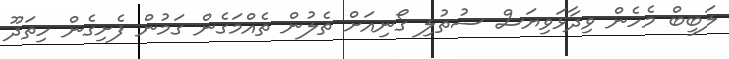
ލަބީބް މެހެން ވިދާޅަވިޔަސް ސުތުލި ގޯނިއަށް ތެލުން ތެއްމަގެން ގަމުން ފެށިގެން ހިތަދޫ